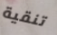
تنقية